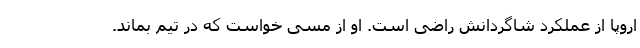
اروپا از عملکرد شاگردانش راضی است. او از مسی خواست که در تیم بماند.